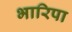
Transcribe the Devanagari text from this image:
भारिपा